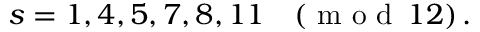
s = 1 , 4 , 5 , 7 , 8 , 1 1 \quad ( \textrm { m o d } \, 1 2 ) \, .